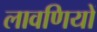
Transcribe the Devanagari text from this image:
लावणियों